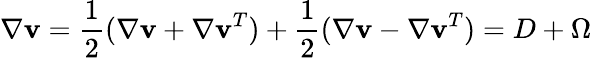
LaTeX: {\mathbf\nabla}{\mathbf v}=\frac{1}{2}({\mathbf\nabla}{\mathbf v}+{\mathbf\nabla}{{\mathbf v}}^{T})+\frac{1}{2}({\mathbf\nabla}{\mathbf v}-{\mathbf\nabla}{{\mathbf v}}^{T})=D+\Omega